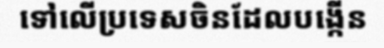
ទៅលើប្រទេសចិនដែលបង្កើន